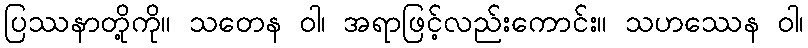
ပြဿနာတို့ကို။ သတေန ဝါ၊ အရာဖြင့်လည်းကောင်း။ သဟဿေန ဝါ၊